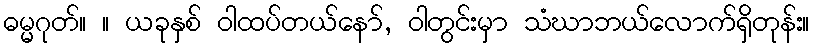
ဓမ္မဂုတ်။ ။ ယခုနှစ် ဝါထပ်တယ်နော်, ဝါတွင်းမှာ သံဃာဘယ်လောက်ရှိတုန်း။